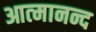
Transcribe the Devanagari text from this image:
आत्‍मानन्द